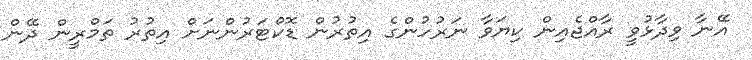
އޭނާ ވިދާޅުވީ ރާއްޖެއިން ކިޔަވާ ނަރުހުންގެ އިތުރުން ޑޮކްޓަރުންނަށް އިތުރު ތަމްރީން ދޭން